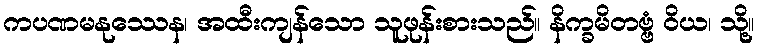
ကပဏမနုဿေန၊ အထီးကျန်သော သူဖုန်းစားသည်။ နိက္ခမိတဗ္ဗံ ဝိယ၊ သို့။